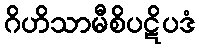
ဂိဟိသာမီစိပဋိပဒံ